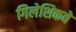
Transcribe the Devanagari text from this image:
गिलेशिकवे